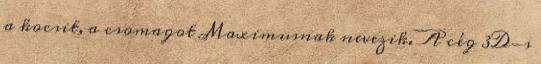
a kocsit, a csomagot Maximusnak nevezik. A cég 3D-s